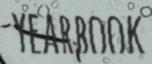
YEARBOOK